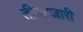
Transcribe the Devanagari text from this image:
तीनहजारी